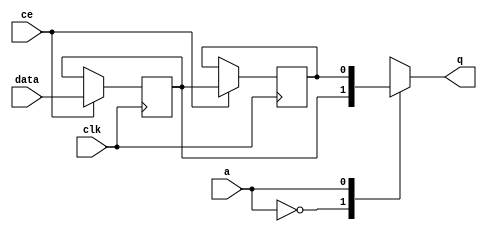
// ==============================================================
// Vitis HLS - High-Level Synthesis from C, C++ and OpenCL v2022.1 (64-bit)
// Tool Version Limit: 2022.04
// Copyright 1986-2022 Xilinx, Inc. All Rights Reserved.
// ==============================================================

`timescale 1 ns / 1 ps

module vadd_start_for_merge_streams_38_8_U0_shiftReg (
    clk,
    data,
    ce,
    a,
    q);

parameter DATA_WIDTH = 32'd1;
parameter ADDR_WIDTH = 32'd1;
parameter DEPTH = 2'd2;

input clk;
input [DATA_WIDTH-1:0] data;
input ce;
input [ADDR_WIDTH-1:0] a;
output [DATA_WIDTH-1:0] q;

reg[DATA_WIDTH-1:0] SRL_SIG [0:DEPTH-1];
integer i;

always @ (posedge clk)
    begin
        if (ce)
        begin
            for (i=0;i<DEPTH-1;i=i+1)
                SRL_SIG[i+1] <= SRL_SIG[i];
            SRL_SIG[0] <= data;
        end
    end

assign q = SRL_SIG[a];

endmodule

module vadd_start_for_merge_streams_38_8_U0 (
    clk,
    reset,
    if_empty_n,
    if_read_ce,
    if_read,
    if_dout,
    if_full_n,
    if_write_ce,
    if_write,
    if_din);

parameter MEM_STYLE   = "shiftreg";
parameter DATA_WIDTH  = 32'd1;
parameter ADDR_WIDTH  = 32'd1;
parameter DEPTH       = 2'd2;

input clk;
input reset;
output if_empty_n;
input if_read_ce;
input if_read;
output[DATA_WIDTH - 1:0] if_dout;
output if_full_n;
input if_write_ce;
input if_write;
input[DATA_WIDTH - 1:0] if_din;

wire[ADDR_WIDTH - 1:0] shiftReg_addr ;
wire[DATA_WIDTH - 1:0] shiftReg_data, shiftReg_q;
wire                     shiftReg_ce;
reg[ADDR_WIDTH:0] mOutPtr = ~{(ADDR_WIDTH+1){1'b0}};
reg internal_empty_n = 0;
reg internal_full_n = 1;

assign if_full_n = internal_full_n;
assign if_empty_n = internal_empty_n;
assign shiftReg_data = if_din;
assign if_dout = shiftReg_q;

always @ (posedge clk) begin
    if (reset == 1'b1)
    begin
        mOutPtr <= ~{ADDR_WIDTH+1{1'b0}};
        internal_empty_n <= 1'b0;
        internal_full_n <= 1'b1;
    end
    else begin
        if (((if_read & if_read_ce) == 1 & internal_empty_n == 1) && 
            ((if_write & if_write_ce) == 0 | internal_full_n == 0))
        begin
            mOutPtr <= mOutPtr - 2'd1;
            if (mOutPtr == 2'd0)
                internal_empty_n <= 1'b0;
            internal_full_n <= 1'b1;
        end 
        else if (((if_read & if_read_ce) == 0 | internal_empty_n == 0) && 
            ((if_write & if_write_ce) == 1 & internal_full_n == 1))
        begin
            mOutPtr <= mOutPtr + 2'd1;
            internal_empty_n <= 1'b1;
            if (mOutPtr == DEPTH - 2'd2)
                internal_full_n <= 1'b0;
        end 
    end
end

assign shiftReg_addr = mOutPtr[ADDR_WIDTH] == 1'b0 ? mOutPtr[ADDR_WIDTH-1:0]:{ADDR_WIDTH{1'b0}};
assign shiftReg_ce = (if_write & if_write_ce) & internal_full_n;

vadd_start_for_merge_streams_38_8_U0_shiftReg 
#(
    .DATA_WIDTH(DATA_WIDTH),
    .ADDR_WIDTH(ADDR_WIDTH),
    .DEPTH(DEPTH))
U_vadd_start_for_merge_streams_38_8_U0_ram (
    .clk(clk),
    .data(shiftReg_data),
    .ce(shiftReg_ce),
    .a(shiftReg_addr),
    .q(shiftReg_q));

endmodule